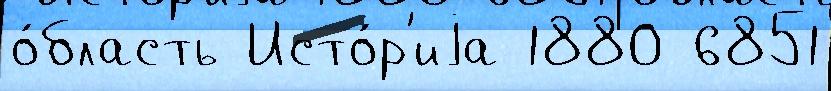
о́бласть Исто́р'иjа 1880 6851